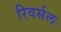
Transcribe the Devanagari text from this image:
रिवर्सल